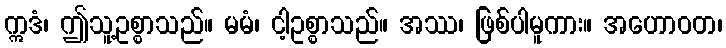
ဣဒံ၊ ဤသူ့ဥစ္စာသည်။ မမံ၊ ငါ့ဥစ္စာသည်။ အဿ၊ ဖြစ်ပါမူကား။ အဟောဝတ၊